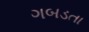
ગબડતા